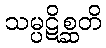
သမ္ပဋိစ္ဆတိ